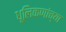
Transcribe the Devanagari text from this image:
धूलिकणांच्या